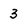
Character: 3